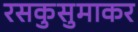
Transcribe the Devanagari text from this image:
रसकुसुमाकर